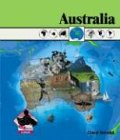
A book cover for Australia (Continents); Cheryl Striveildi; Children's Books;